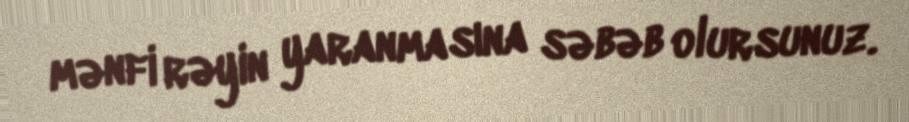
mənfi rəyin yaranmasına səbəb olursunuz.